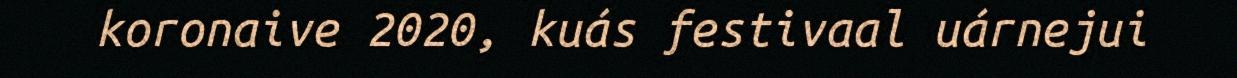
koronaive 2020, kuás festivaal uárnejui